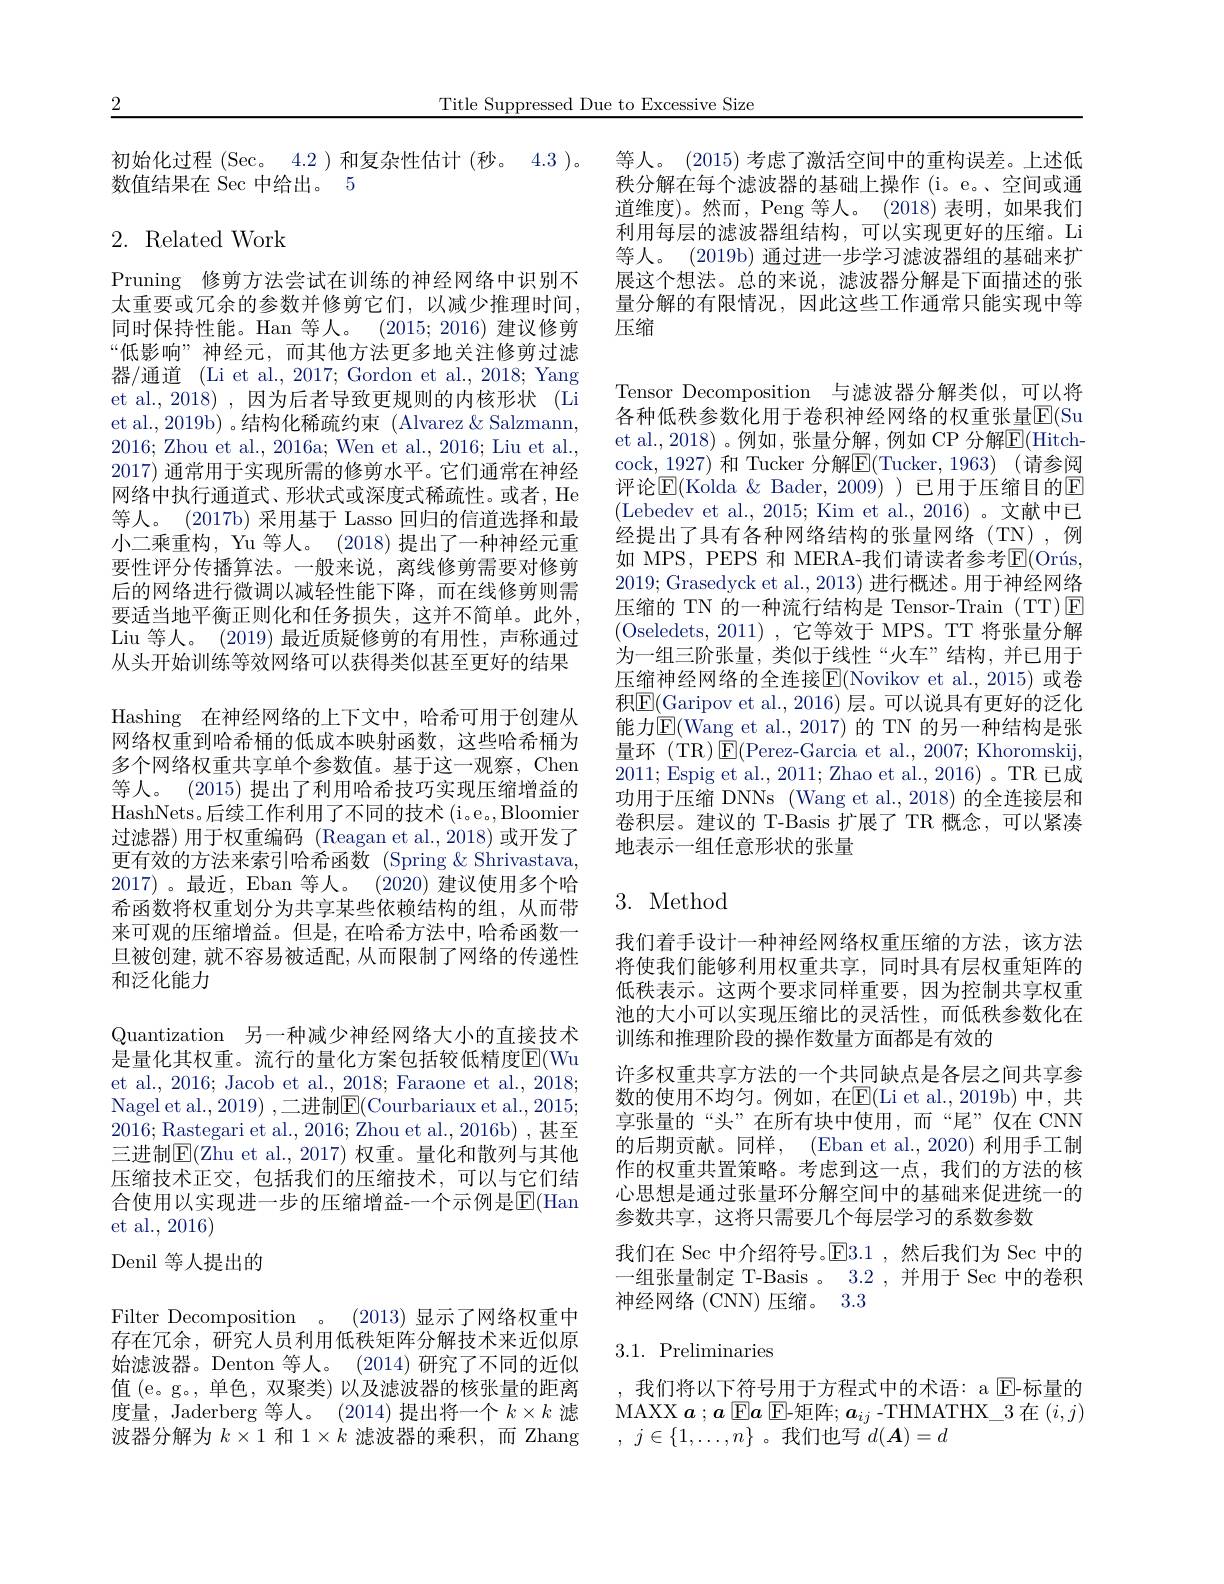
2

Title Suppressed Due to Excessive Size

初始化过程 (Sec。4.2)和复杂性估计 (秒。4.3 )。
数值结果在 Sec 中给出。5

## 2. Related Work

等人。(2015) 考虑了激活空间中的重构误差。上述低秩分解在每个滤波器的基础上操作 (i。e。、空间或通道维度)。然而，Peng 等人。(2018)表明，如果我们利用每层的滤波器组结构，可以实现更好的压缩。Li 等人。(2019b) 通过进一步学习滤波器组的基础来扩展这个想法。总的来说，滤波器分解是下面描述的张量分解的有限情况，因此这些工作通常只能实现中等压缩

Tensor Decomposition 与滤波器分解类似，可以将各种低秩参数化用于卷积神经网络的权重张量$\mathbb{E}($Su et al., 2018) 。例如，张量分解，例如 CP 分解$\boxed{\mathrm{F}}($Hitchcock, 1927) 和 Tucker 分解$\boxed{\mathrm{F}}($Tucker, 1963) (请参阅评论$\overline{\mathbb{E}}($Kolda & Bader, 2009) ) 已用于压缩目的$\mathbb{E}$ (Lebedev et al., 2015; Kim et al., 2016)。文献中已经提出了具有各种网络结构的张量网络(TN),例如 MPS, PEPS 和 MERA-我们请读者参考$\overline {\mathrm{E} }( \text{Or\'{u} s, }$ 2019; Grasedyck et al., 2013) 进行概述。用于神经网络压缩的 TN 的一种流行结构是 Tensor-Train (TT)E (Oseledets,2011),它等效于 MPS。TT 将张量分解为一组三阶张量，类似于线性“火车”结构，并已用于压缩神经网络的全连接$\overline{\mathrm{E}}($Novikov et al., 2015) 或卷积$\boxed{\mathrm{E}}(\underline{\mathrm{Garipov~et~al.,~2016)~层。可以说具有更好的泛化}}$ 能力$\operatorname{E}($Wang et al.,2017) 的 TN 的另一种结构是张量环 (TR)$\operatorname{E}($Perez-Garcia et al., 2007; Khoromskij, 2011;Espig et al., 2011; Zhao et al., 2016)。TR 已成功用于压缩 DNNs (Wang et al., 2018) 的全连接层和卷积层。建议的 T-Basis 扩展了 TR 概念，可以紧凑地表示一组任意形状的张量

Pruning 修剪方法尝试在训练的神经网络中识别不太重要或冗余的参数并修剪它们，以减少推理时间， 同时保持性能。Han 等人。(2015;2016)建议修剪“低影响”神经元，而其他方法更多地关注修剪过滤器/通道 (Li et al., 2017; Gordon et al., 2018; Yang et al., 2018), 因为后者导致更规则的内核形状 (Li et al.,2019b) 。结构化稀疏约束 (Alvarez &Salzmann, 2016; Zhou et al., 2016a; Wen et al., 2016; Liu et al., 2017) 通常用于实现所需的修剪水平。它们通常在神经网络中执行通道式、形状式或深度式稀疏性。或者，He 等人。(2017b) 采用基于 Lasso 回归的信道选择和最小二乘重构，Yu 等人。(2018) 提出了一种神经元重要性评分传播算法。一般来说，离线修剪需要对修剪后的网络进行微调以减轻性能下降，而在线修剪则需要适当地平衡正则化和任务损失，这并不简单。此外， Liu 等人。(2019) 最近质疑修剪的有用性，声称通过从头开始训练等效网络可以获得类似甚至更好的结果Hashing 在神经网络的上下文中，哈希可用于创建从网络权重到哈希桶的低成本映射函数，这些哈希桶为多个网络权重共享单个参数值。基于这一观察，Chen 等人。(2015) 提出了利用哈希技巧实现压缩增益的HashNets。后续工作利用了不同的技术 (i。e, Bloomier 过滤器)用于权重编码 (Reagan et al.,2018)或开发了更有效的方法来索引哈希函数 (Spring&Shrivastava, 2017)。最近，Eban 等人。(2020) 建议使用多个哈希函数将权重划分为共享某些依赖结构的组，从而带来可观的压缩增益。但是，在哈希方法中，哈希函数一旦被创建，就不容易被适配，从而限制了网络的传递性和泛化能力
Quantization 另一种减少神经网络大小的直接技术是量化其权重。流行的量化方案包括较低精度$\overline{\mathrm{E}}($Wu et al., 2016; Jacob et al., 2018; Faraone et al., 2018; Nagel et al. , 2019) , 二 进 制 E( Courbariaux et al. , 2015; 2016; Rastegari et al., 2016; Zhou et al., 2016b) ,甚至三进制$\mathbb{E}($Zhu et al.,2017) 权重。量化和散列与其他压缩技术正交，包括我们的压缩技术，可以与它们结合使用以实现进一步的压缩增益-一个示例是$\mathbb{E}($Han et al., 2016)
Denil 等人提出的
Filter Decomposition 。(2013) 显示了网络权重中存在冗余，研究人员利用低秩矩阵分解技术来近似原始滤波器。Denton 等人。(2014)研究了不同的近似值 (e。g。, 单色，双聚类) 以及滤波器的核张量的距离

## 3. Method

我们着手设计一种神经网络权重压缩的方法，该方法将使我们能够利用权重共享，同时具有层权重矩阵的低秩表示。这两个要求同样重要，因为控制共享权重池的大小可以实现压缩比的灵活性，而低秩参数化在训练和推理阶段的操作数量方面都是有效的
许多权重共享方法的一个共同缺点是各层之间共享参数的使用不均匀。例如，在E(Li et al.,2019b)中，共享张量的“头”在所有块中使用，而“尾”仅在 CNN 的后期贡献。同样，(Eban et al., 2020) 利用手工制作的权重共置策略。考虑到这一点，我们的方法的核心思想是通过张量环分解空间中的基础来促进统一的参数共享，这将只需要几个每层学习的系数参数
我们在 Sec 中介绍符号。E3.1 ,然后我们为 Sec 中的一组张量制定 T-Basis 。3.2 , 并用于 Sec 中的卷积神经网络 (CNN) 压缩。3.3

## $3.1.{\mathrm{~Preliminaries}}$

度量，Jaderberg 等人。(2014)提出将一个$k\times k$滤波器分解为$k\times1$和$1\times k$滤波器的乘积，而 Zhang

,我们将以下符号用于方程式中的术语：a $\mathbb{E}$-标量的MAXX $\boldsymbol{a};\boldsymbol{a}$ E$\boldsymbol{a}$ E-矩阵$;\boldsymbol{a}_ij$ -THMATHX\_3 在$(i,j)$ , $j\in \{ 1, \ldots , n\}$。我们也写$d(\boldsymbol{A})=d$